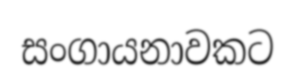
සංගායනාවකට